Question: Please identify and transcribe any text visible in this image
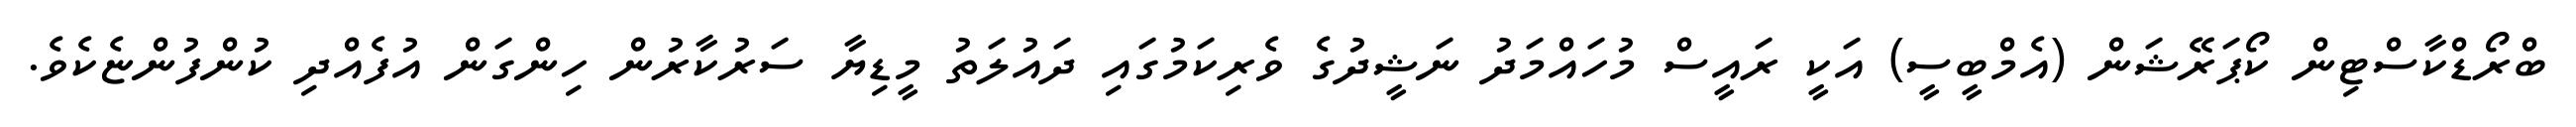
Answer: ބްރޯޑްކާސްޓިން ކޯޕަރޭޝަން (އެމްބީސީ) އަކީ ރައީސް މުހައްމަދު ނަޝީދުގެ ވެރިކަމުގައި ދައުލަތު މީޑިޔާ ސަރުކާރުން ހިންގަން އުފެއްދި ކުންފުންޏެކެވެ.